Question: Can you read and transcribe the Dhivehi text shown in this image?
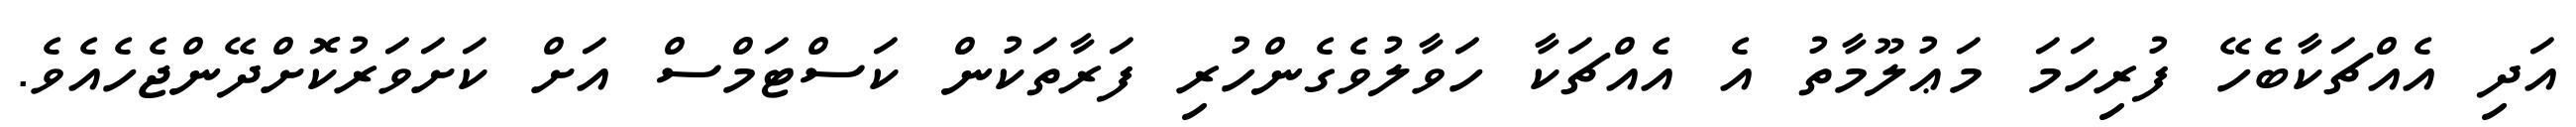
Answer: އަދި އެއްޗަކާބެހޭ ފުރިހަމަ މަޢުލޫމާތު އެ އެއްޗަކާ ހަވާލުވެގެންހުރި ފަރާތަކުން ކަސްޓަމްސް އަށް ކަށަވަރުކޮށްދޭންޖެހެއެވެ.